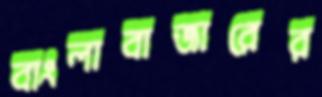
বাংলাবাজারের